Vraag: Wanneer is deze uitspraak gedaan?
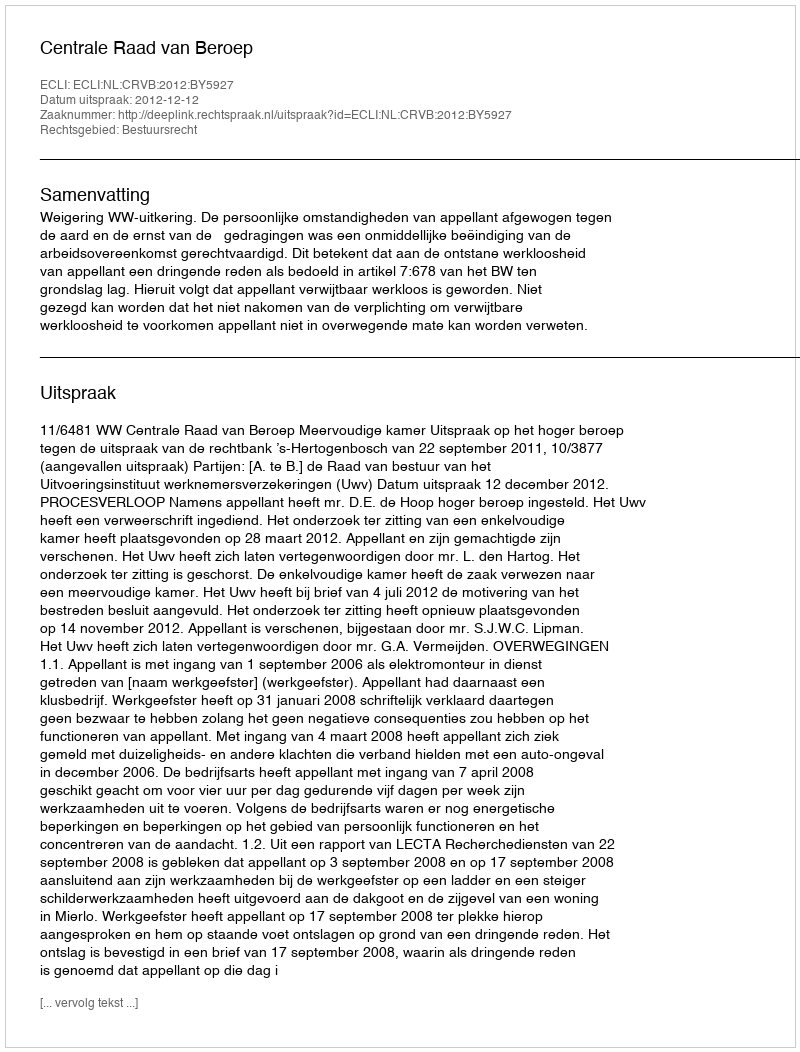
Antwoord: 2012-12-12